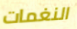
النغمات